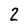
Character: 2